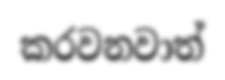
කරවනවාත්